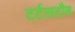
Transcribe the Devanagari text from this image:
टर्टलटौब